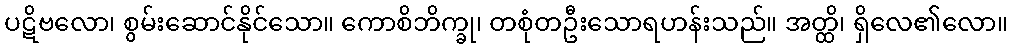
ပဋိဗလော၊ စွမ်းဆောင်နိုင်သော။ ကောစိဘိက္ခု၊ တစုံတဦးသောရဟန်းသည်။ အတ္ထိ၊ ရှိလေ၏လော။